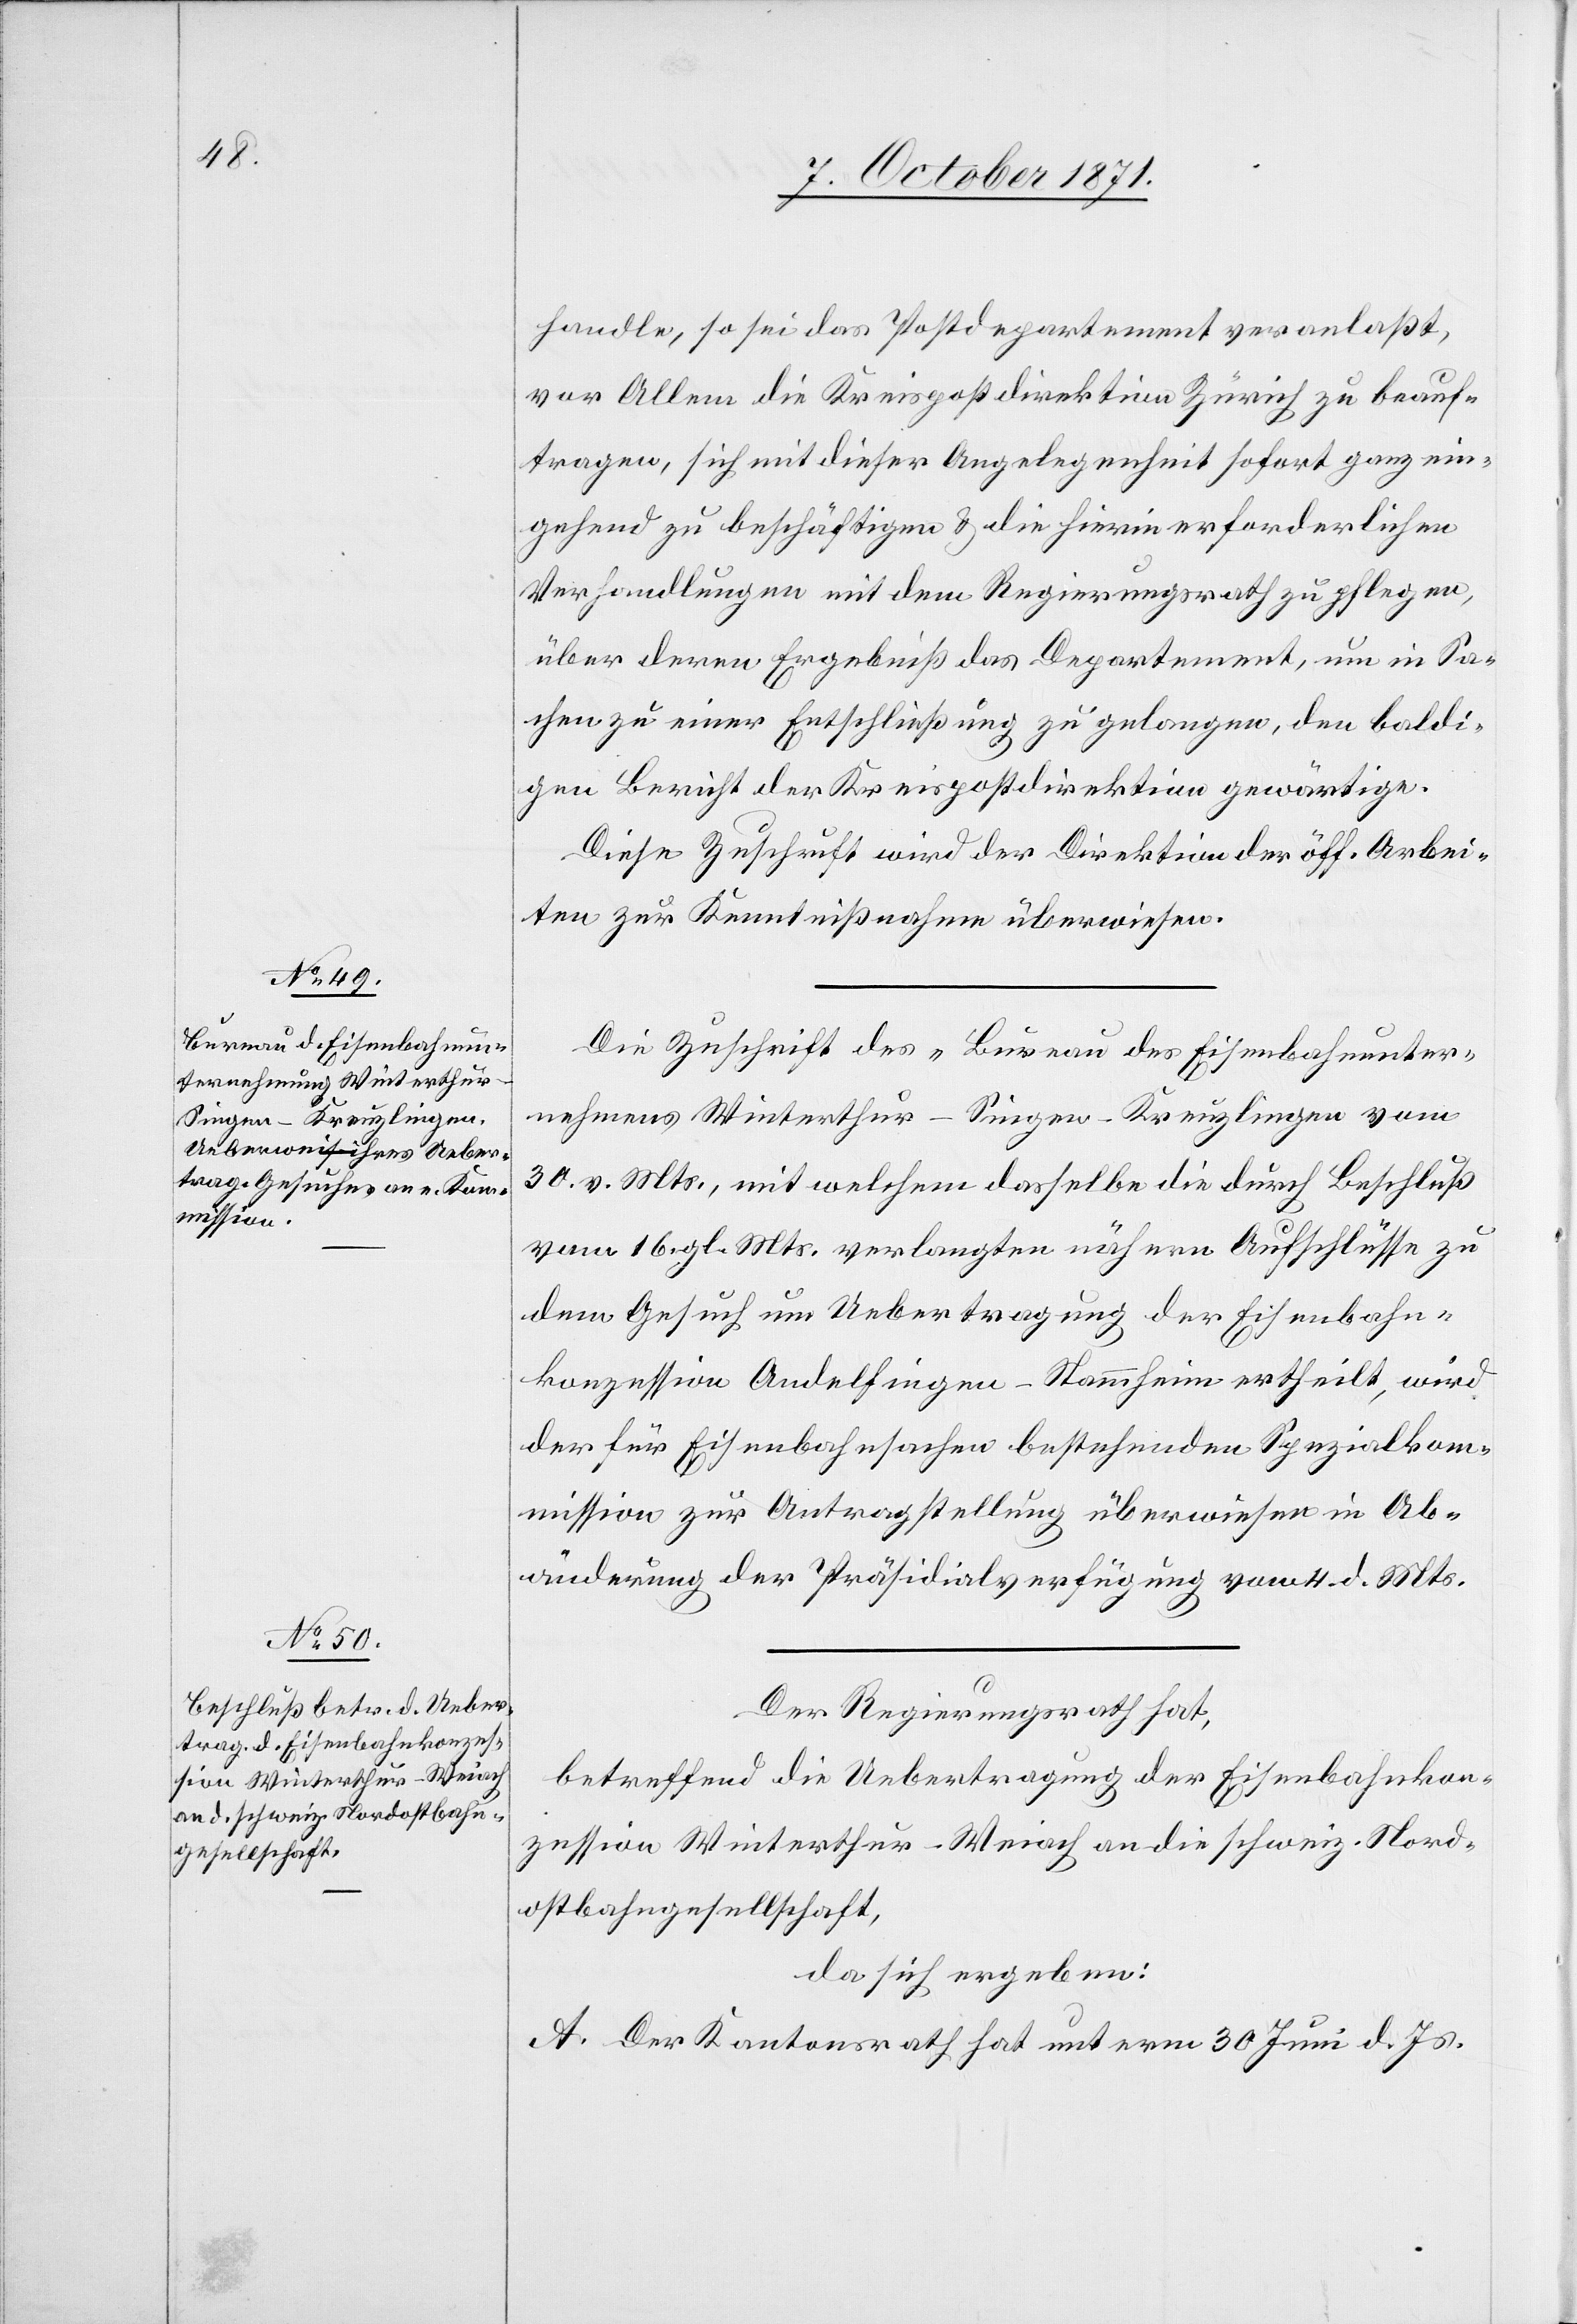
handle, so sei das Postdepartement veranlaßt,
vor Allem die Kreispostdirektion Zürich zu beauf¬
tragen, sich mit dieser Angelegenheit sofort ganz ein¬
gehend zu beschäftigen & die hierin erforderlichen
Verhandlungen mit dem Regierungsrath zu pflegen,
über deren Ergebniß das Departement, um in Sa¬
chen zu einer Entschließung zu gelangen, den baldi¬
gen Bericht der Kreispostdirektion gewärtige.
Diese Zuschrift wird der Direktion der öff. Arbei¬
ten zur Kenntnißnahme überwiesen.
Die Zuschrift des „Bureau des Eisenbahnunter¬
nehmens Winterthur–Singen–Kreuzlingen[“] vom
30. v. Mts., mit welchem dasselbe die durch Beschluß
vom 16. gl. Mts. verlangten nähern Aufschlüsse zu
dem Gesuch um Uebertragung der Eisenbahn¬
konzession Andelfingen–Stammheim ertheilt, wird
der für Eisenbahnsachen bestehenden Spezialkom¬
mission zur Antragstellung überwiesen in Ab¬
änderung der Präsidialverfügung vom 4. d. Mts.